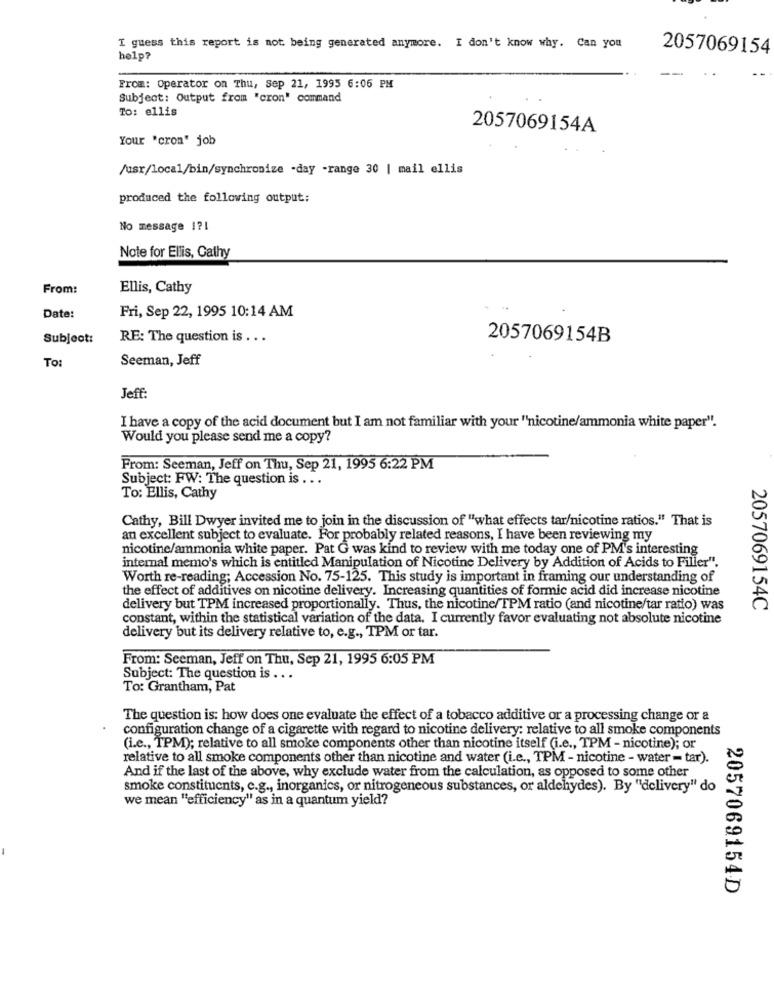
I guess this report is not being generated anymore. I don't know why. Can you
2057069154
help?
From: Operator on Thu, sep 21, 1995 6:06 PM
Subject: Output from "cron" command
To: ellis
2057069154A
Your 'crom" job
/usr/local/bin/synchronize -day -range 30 | mail ellis
produced the following output:
No message 1?1
Note for Ellis, Cathy
From:
Ellis, Cathy
Date:
Fri, Sep 22, 1995 10:14 AM
Subject:
RE: The question is .. .
2057069154B
Seeman, Jeff
To:
Jeff:
I have a copy of the acid document but I am not familiar with your "'nicotine/ammonia white paper".
Would you please send me a copy?
From: Seeman, Jeff on Thu, Sep 21, 1995 6:22 PM
Subject: FW: The question is . ..
To: Ellis, Cathy
Cathy, Bill Dwyer invited me to join in the discussion of "what effects tar/nicotine ratios." That is
an excellent subject to evaluate. For probably related reasons, I have been reviewing my
nicotine/ammonia white paper. Pat G was kind to review with me today one of PM's interesting
internal memo's which is entitled Manipulation of Nicotine Delivery by Addition of Acids to Filler".
Worth re-reading; Accession No. 75-125. This study is important in framing our understanding of
the effect of additives on nicotine delivery. Increasing quantities of formic acid did increase nicotine
delivery but TPM increased proportionally. Thus, the nicotine/TPM ratio (and nicotine/tar ratio) was
2057069154C
constant, within the statistical variation of the data. I currently favor evaluating not absolute nicotine
delivery but its delivery relative to, e.g ., TPM or tar.
From: Seeman, Jeff on Thu, Sep 21, 1995 6:05 PM
Subject: The question is ...
To: Grantham, Pat
The question is: how does one evaluate the effect of a tobacco additive or a processing change or a
configuration change of a cigarette with regard to nicotine delivery: relative to all smoke components
(i.e ., TPM); relative to all smoke components other than nicotine itself (i.e ., TPM - nicotine); or
relative to all smoke components other than nicotine and water (i.e ., TPM - nicotine - water - tar).
And if the last of the above, why exclude water from the calculation, as opposed to some other
smoke constituents, e.g ., inorganics, or nitrogeneous substances, or aldehydes). By "delivery" do
we mean "efficiency" as in a quantum yield?
2057069154D